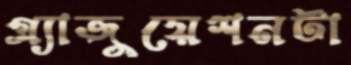
গ্র্যাজুয়েশনটা